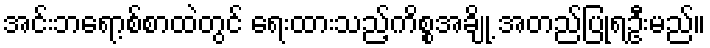
အင်းဘရော့စ်စာထဲတွင် ရေးထားသည့်ကိစ္စအချို့ အတည်ပြုရဦးမည်။